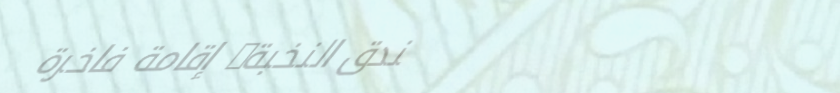
فندق النخبة: إقامة فاخرة